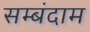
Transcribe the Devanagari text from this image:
सम्बंदाम